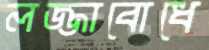
লজ্জাবোধে